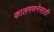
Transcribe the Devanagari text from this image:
कालगणनेसाठी